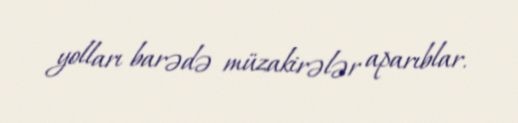
yolları barədə müzakirələr aparıblar.